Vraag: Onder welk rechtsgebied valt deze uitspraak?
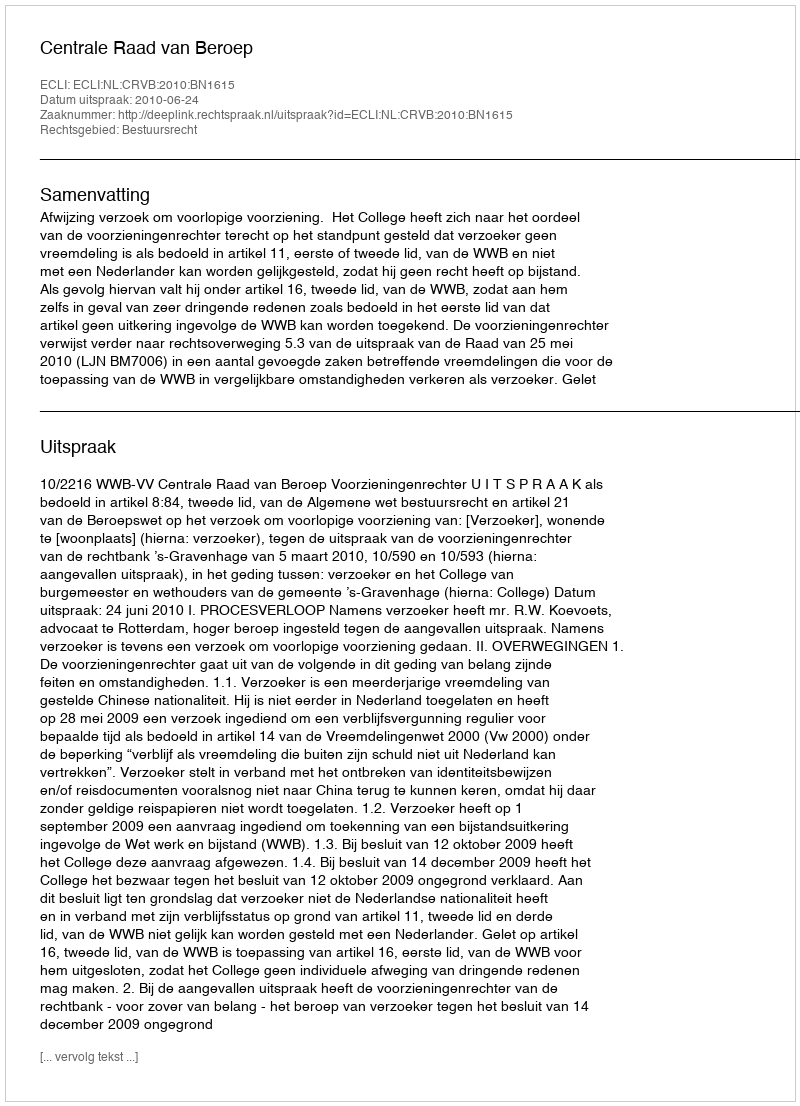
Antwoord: Bestuursrecht